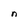
Character: n